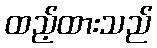
ထည့်ထားသည်